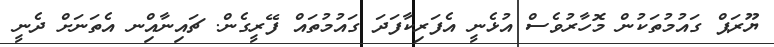
ޔޫރަޕް ގައުމުތަކުން މޮހާރުވެސް އުޅެނީ އެފަރިކާފަދަ ގައުމުތައް ފޭރީގެން. ޗައިނާއިްނ އެތަނަށް ދެނީ